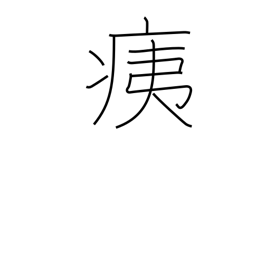
Meaning: injury